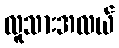
လူသားအလယ်